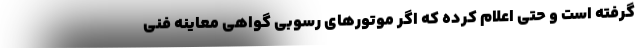
گرفته است و حتی اعلام کرده که اگر موتور‌های رسوبی گواهی معاینه فنی